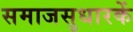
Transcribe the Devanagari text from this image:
समाजसुधारकें